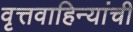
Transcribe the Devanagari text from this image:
वृत्तवाहिन्यांची